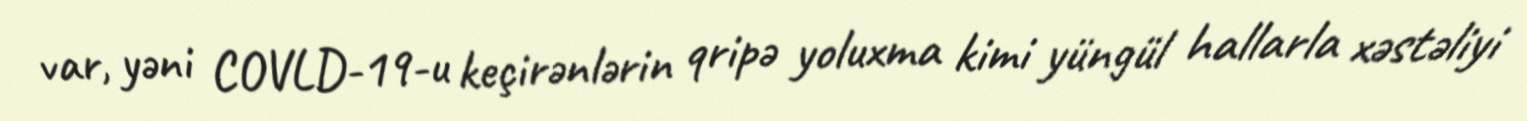
var, yəni COVLD-19-u keçirənlərin qripə yoluxma kimi yüngül hallarla xəstəliyi